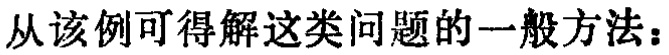
从该例可得解这类问题的一般方法：